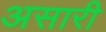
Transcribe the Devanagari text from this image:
असारी